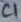
Text: C1